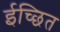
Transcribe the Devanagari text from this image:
ईच्छित